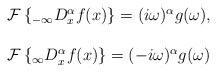
\begin{align*}\left.\begin{tabular}[c]{l}$\mathcal{F}\left\{ _{-\infty}D_{x}^{\alpha}f(x)\right\} =(i\omega)^{\alpha}g(\omega),$\\\\$\mathcal{F}\left\{ _{\infty}D_{x}^{\alpha}f(x)\right\} =(-i\omega)^{\alpha}g(\omega)$\end{tabular}\ \ \ \ \ \ \ \ \right.\end{align*}